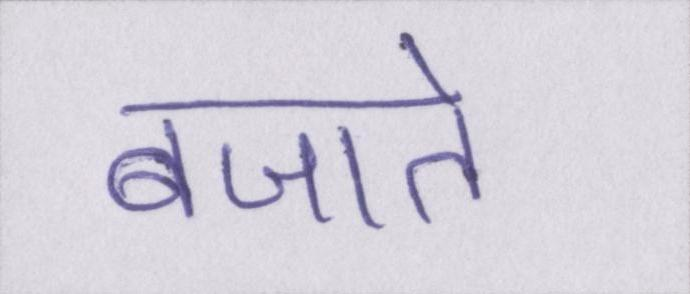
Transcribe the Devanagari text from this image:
बजाते